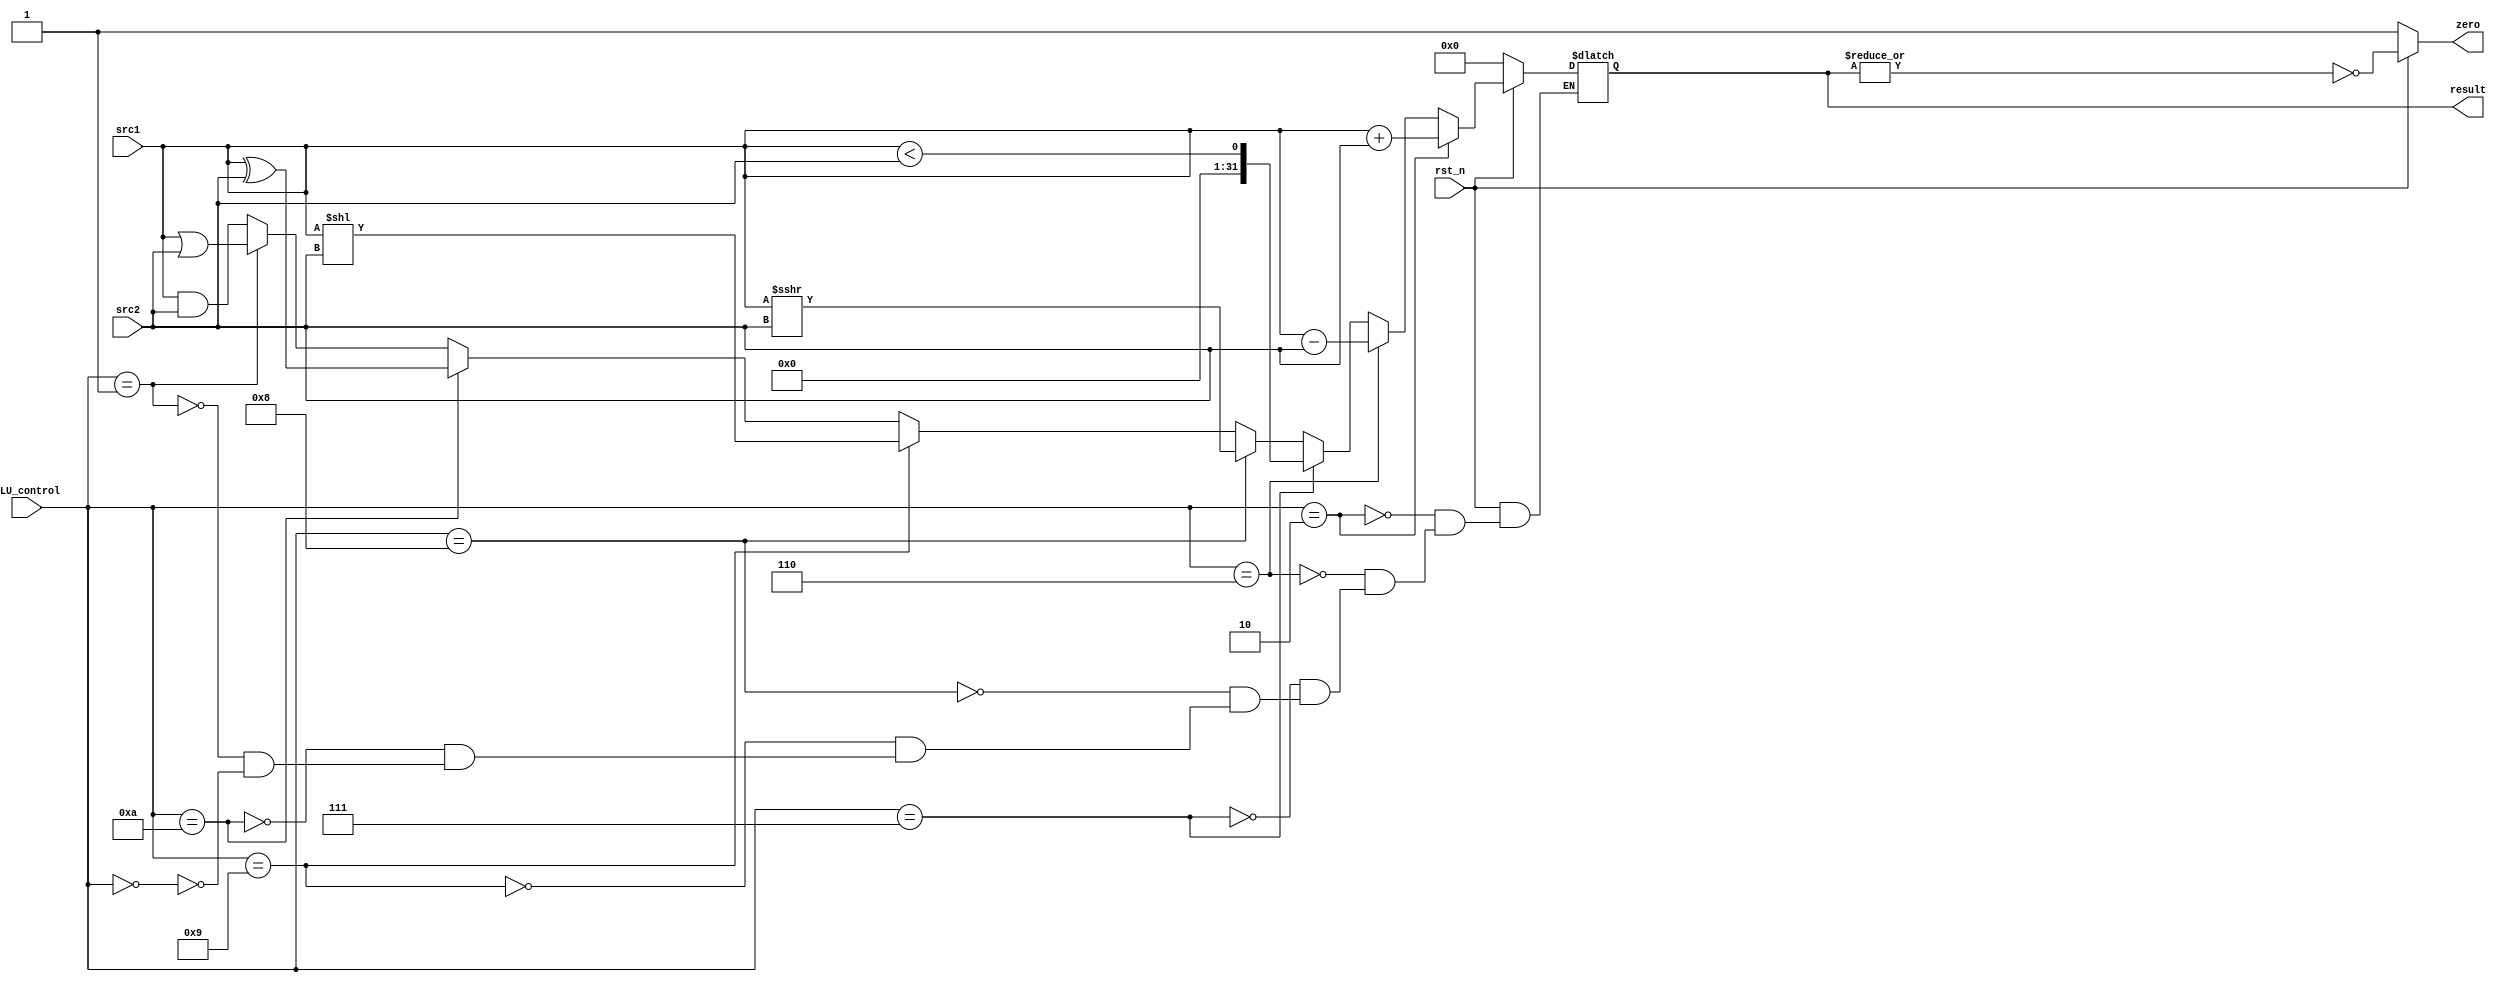
`timescale 1ns/1ps

module alu(
    input                   rst_n,         // negative reset            (input)
    input        [32-1:0]   src1,          // 32 bits source 1          (input)
    input        [32-1:0]   src2,          // 32 bits source 2          (input)
    input        [ 4-1:0]   ALU_control,   // 4 bits ALU control input  (input)
    output reg   [32-1:0]   result,        // 32 bits result            (output)
    output reg              zero           // 1 bit when the output is 0, zero must be set (output)
);

/* Write your code HERE */
always @(*) begin
    if (~rst_n)
        result <= 32'b0;
    else begin
        if(ALU_control==4'b0010) begin  // add
            result <= src1 + src2;
        end
        else if (ALU_control==4'b0110) begin  //subtract
            result <= src1 - src2;
        end
        else if(ALU_control==4'b0111) begin  //slt
            result <= src1 < src2;
        end
        else if(ALU_control==4'b1000)
			result <= src1 >>> src2;//sra
		else if(ALU_control==4'b1001)
			result <= src1 << src2;//sll
		else if(ALU_control==4'b1010)
			result <= src1 ^ src2;//xor
        else if(ALU_control==4'b0001)
            result <= src1 | src2;//or
        else if(ALU_control==4'b0000)
            result <= src1 & src2;//and
    end
end

always @(*) begin
    if (~rst_n)
        zero <= 1'b1;
    else
        zero <= ~| result;
end

endmodule